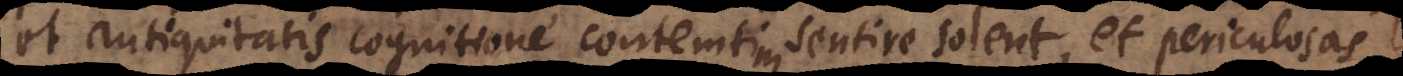
et antiquitatis cognitione contemtim sentire solent, et periculosas